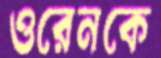
ওরেনকে